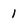
Character: 1